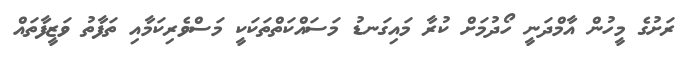
ރަށުގެ މީހުން އާމްދަނީ ހޯދުމަށް ކުރާ މައިގަނޑު މަސައްކަތްތަކަކީ މަސްވެރިކަމާއި ތަފާތު ވަޒީފާތައް